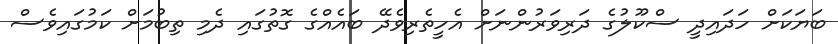
ބަޔަކަށް ހަދައިދީ ސްކޫލުގެ ދަރިވަރުންނަށް އެހީތެރިވެދޭ ބައެއްގެ ގޮތުގައި ދެމި ތިބުމަށް ކަމުގައިވެސް